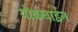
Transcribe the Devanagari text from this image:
योकवाईन